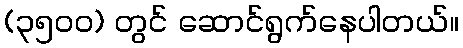
(၃၅၀၀) တွင် ဆောင်ရွက်နေပါတယ်။